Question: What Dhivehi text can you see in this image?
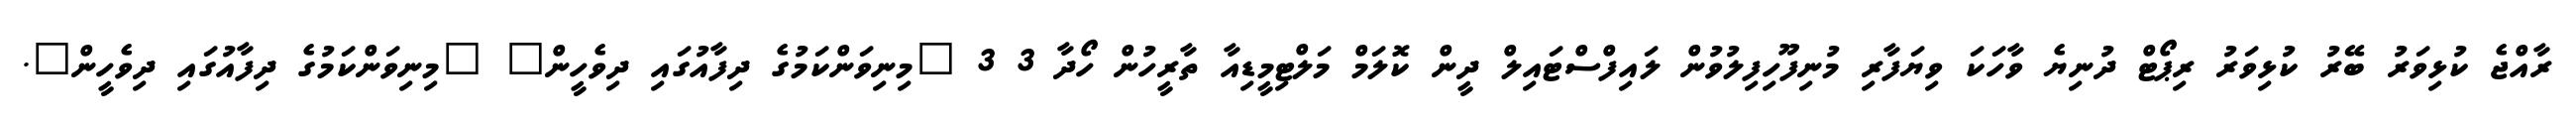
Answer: ރާއްޖެ ކުޅިވަރު ބޭރު ކުޅިވަރު ރިޕޯޓް ދުނިޔެ ވާހަކަ ވިޔަފާރި މުނިފޫހިފިލުވުން ލައިފްސްޓައިލް ދީން ކޮލަމް މަލްޓިމީޑިއާ ތާރީހުން ހޯދާ 3 3 "މިނިވަންކަމުގެ ދިފާއުގައި ދިވެހީން" "މިނިވަންކަމުގެ ދިފާއުގައި ދިވެހީން".